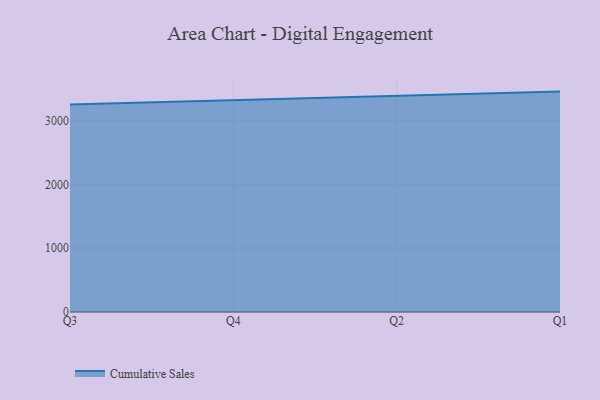
{"axis": {"x": "Quarter", "y": "Customer Acquisition Cost (USD)"}, "legend": ["Cumulative Sales"], "data": [{"x": "Q3", "y": 3250.7, "type": "Cumulative Sales"}, {"x": "Q4", "y": 3318.0, "type": "Cumulative Sales"}, {"x": "Q2", "y": 3387.9, "type": "Cumulative Sales"}, {"x": "Q1", "y": 3454.7, "type": "Cumulative Sales"}]}